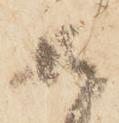
御